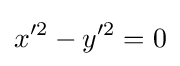
x'^{2}-y'^{2}=0